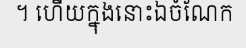
។ ហើយក្នុងនោះឯចំណែក